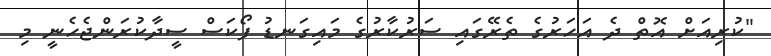
"ކުރިއަށް އޮތް ދެ އަހަރުގެ ތެރޭގައި ސަރުކާރުގެ މައިގަނޑު ފޯކަސް ސީދާކުރަންޖެހެނީ މި